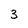
Character: 3